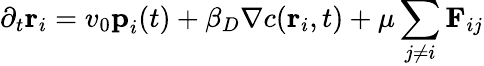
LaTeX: \partial_{t}\textbf{r}_{i}=v_{0}\textbf{p}_{i}(t)+\beta_{D}\nabla c(\textbf{r}_{i},t)+\mu\sum_{j\neq i}\textbf{F}_{ij}